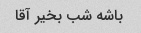
باشه شب بخیر آقا